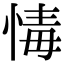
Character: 𢝂